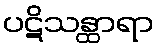
ပဋိသန္ထာရာ